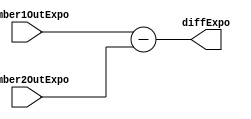
module signDiffExpo(input [7:0] number1OutExpo, input [7:0] number2OutExpo, output reg [8:0] diffExpo);
	always @ (number1OutExpo or number2OutExpo)
	begin
		diffExpo=number1OutExpo-number2OutExpo;
	end
endmodule